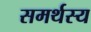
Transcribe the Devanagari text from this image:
समर्थस्य